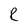
Character: R